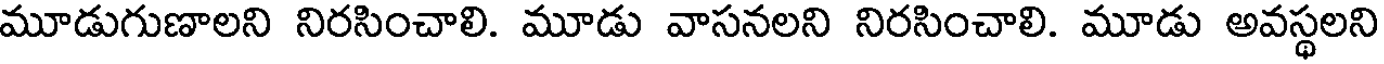
మూడుగుణాలని నిరసించాలి. మూడు వాసనలని నిరసించాలి. మూడు అవస్థలని